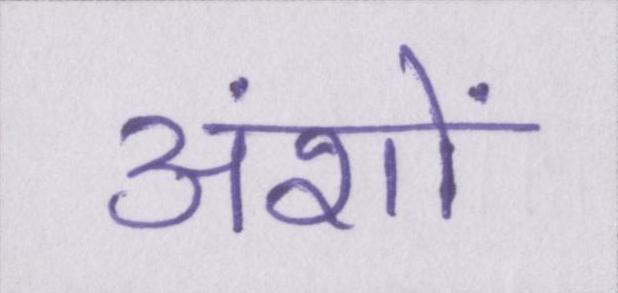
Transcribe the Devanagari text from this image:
अंशों